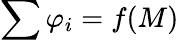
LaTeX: \sum\varphi_{i}=f(M)